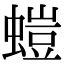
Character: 螘